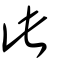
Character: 此